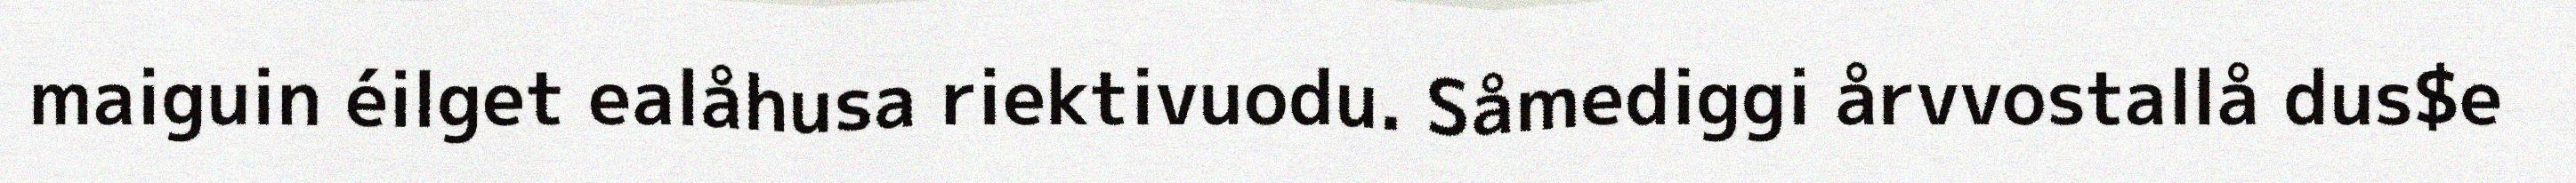
maiguin éilget ealåhusa riektivuodu. Såmediggi årvvostallå dus$e